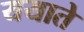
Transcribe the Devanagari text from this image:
ययाते